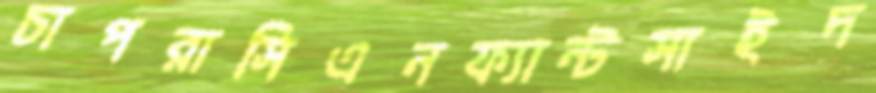
চাপরাসিএনফ্যান্টসাইদ